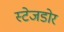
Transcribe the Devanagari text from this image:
स्टेजडोर